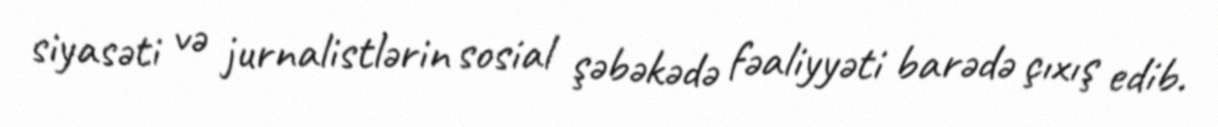
siyasəti və jurnalistlərin sosial şəbəkədə fəaliyyəti barədə çıxış edib.